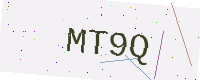
Text: MT9Q